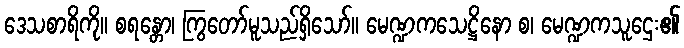
ဒေသစာရိကို။ စရန္တော၊ ကြွတော်မူသည်ရှိသော်။ မေဏ္ဍကသေဋ္ဌိနော စ၊ မေဏ္ဍကသူဌေး၏